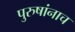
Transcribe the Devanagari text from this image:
पुरुषांनाच